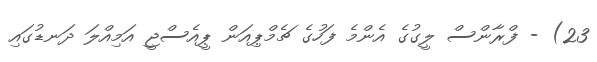
23) - ފްރާންސް ލީގުގެ އެންމެ ފަހުގެ ޗެމްޕިއަން ޕީއެސްޖީ އަމިއްލަ ދަނޑުގައި